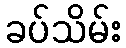
ခပ်သိမ်း